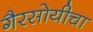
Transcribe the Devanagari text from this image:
गैरसोयीचा